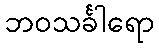
ဘဝသင်္ခါရော